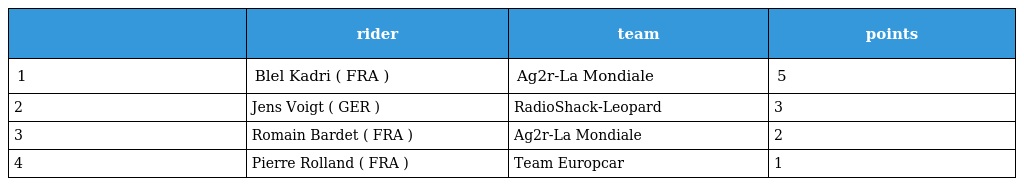
|  | rider | team | points |
 | --- | --- | --- | --- |
 | 1 | Blel Kadri ( FRA ) | Ag2r-La Mondiale | 5 |
 | 2 | Jens Voigt ( GER ) | RadioShack-Leopard | 3 |
 | 3 | Romain Bardet ( FRA ) | Ag2r-La Mondiale | 2 |
 | 4 | Pierre Rolland ( FRA ) | Team Europcar | 1 |